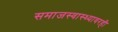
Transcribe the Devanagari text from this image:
समाजस्वास्थ्यावरही